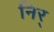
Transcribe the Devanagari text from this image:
निर्